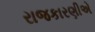
રાજકારણીએ